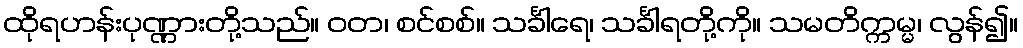
ထိုရဟန်းပုဏ္ဏားတို့သည်။ ဝတ၊ စင်စစ်။ သင်္ခါရေ၊ သင်္ခါရတို့ကို။ သမတိက္ကမ္မ၊ လွန်၍။